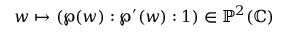
w \mapsto ( \wp ( w ) : \wp ^ { \prime } ( w ) : 1 ) \in \mathbb { P } ^ { 2 } ( \mathbb { C } )